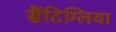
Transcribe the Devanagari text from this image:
सैंटिग्लिया